Subject: math
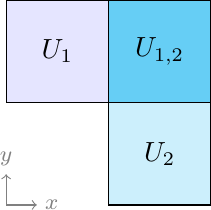
LaTeX code:
	\begin{tikzpicture}[scale=1.3]
		\begin{scope}
			\draw[fill=cyan!60, opacity=1] (0,0) -- (-1,0) -- (-1,1) --
			(1,1) -- (1,-1) -- (0,-1) -- (0,0);
			\draw[fill=cyan!20,opacity=1] (0,-1)--(1,-1)--(1,0)--(0,0)--(0,-1);
			\draw[fill=blue!10,opacity=1] (-1,0)--(-1,1)--(0,1)--(0,0)--(-1,0);
			\node at (-0.5,0.5) {$U_1$};
			\node at (0.5,-0.5) {$U_2$};
			\node at (0.5,0.5) {$U_{1,2}$};
			{\footnotesize \draw[->,gray] (-1,-1) -- (-0.7,-1) node[right] {$x$};
				\draw[->,gray] (-1,-1) -- (-1,-0.7) node[above] {$y$};}
		\end{scope}
	\end{tikzpicture}